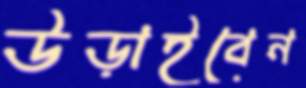
উড়াইবেন